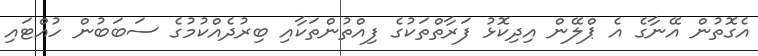
އެގޮތުން އޭނާގެ އެ ޕްލޭން އިދިކޮޅު ފަރާތްތަކުގެ ފިއްތުންތަކާއި ބިރުދެއްކުމުގެ ސަބަބުން ހުއްޓައި